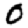
Digit: 0